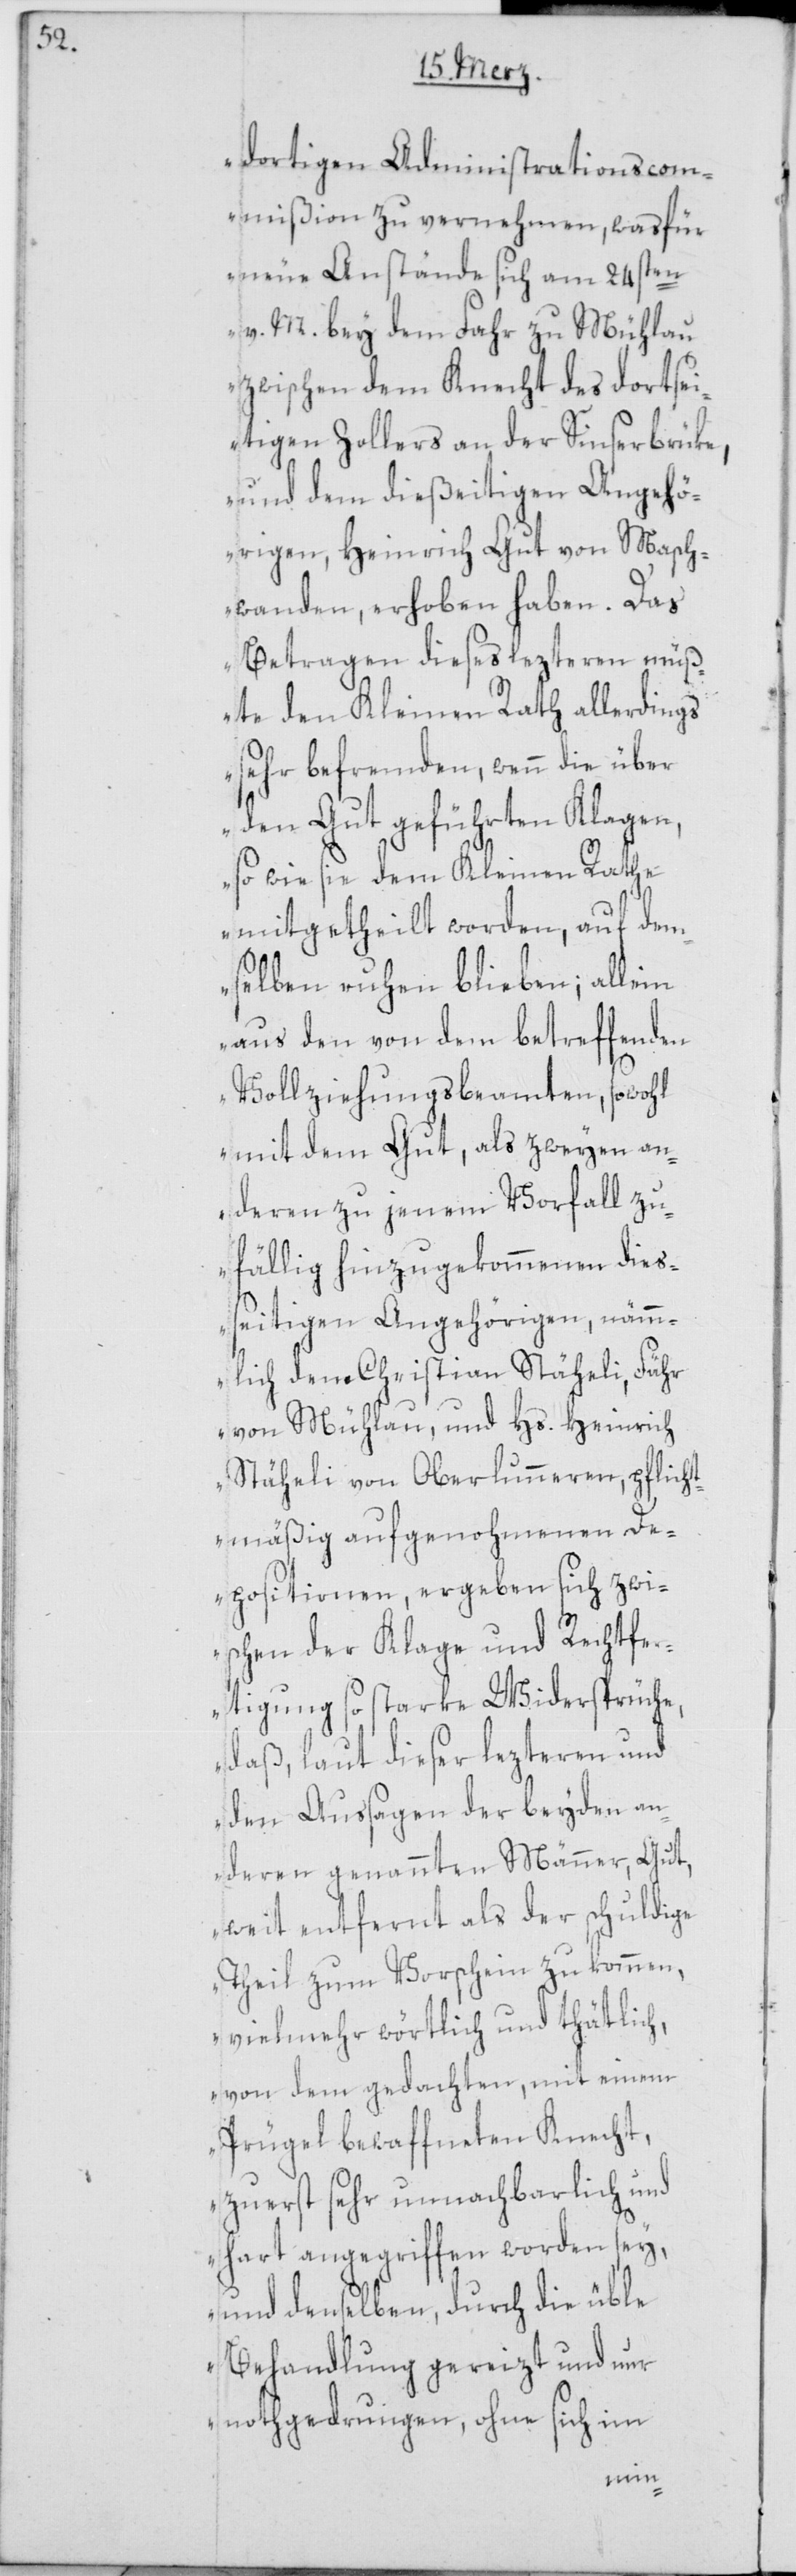
dortigen Administrationscom¬
mißion zu vernehmen, was für
neue Anstände sich am 24sten
v. M. bey dem Fahr zu Mühlau
zwischen dem Knecht des dortsei¬
tigen Zollers an der Sinserbrüke,
und dem dießeitigen Angehö¬
rigen, Heinrich Gut von Masch¬
wanden, erhoben haben. Das
Betragen dieses lezteren müß¬
te den Kleinen Rath allerdings
sehr befremden, wenn die über
den Gut geführten Klagen,
so wie sie dem Kleinen Rathe
mitgetheilt worden, auf dem¬
selben ruhen blieben; allein
aus den von dem betreffenden
Vollziehungsbeamten, sowohl
mit dem Gut, als zweyen an¬
deren zu jenem Vorfall zu¬
fällig hinzugekommenen dieß¬
eitigen Angehörigen, nämm¬
lich dem Christian Stäheli, Fähr
von Mühlau, und Hs. Heinrich
Stäheli von Oberlunneren, pflich¬
tmäßig aufgenohmenen De¬
positionen, ergeben sich zwi¬
schen der Klage und Rechtfe¬
rtigung so starke Widersprüche,
daß, laut diesen lezteren und
den Aussagen der beyden an¬
deren genannten Männer, Gut,
weit entfernt als der schuldige
Theil zum Vorschein zu kommen,
vielmehr wörtlich und thätlich,
von dem gedachten, mit einem
Prügel bewaffneten Knecht,
zuerst sehr unnachbarlich und
hart angegriffen worden sey,
und denselben durch die üble
Behandlung gereizt und nur
nothgedrungen, ohne sich im